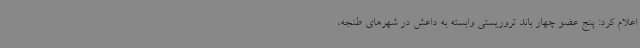
اعلام کرد: پنج عضو چهار باند تروریستی وابسته به داعش در شهرهای طنجه،